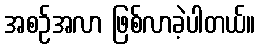
အစဉ်အလာ ဖြစ်လာခဲ့ပါတယ်။